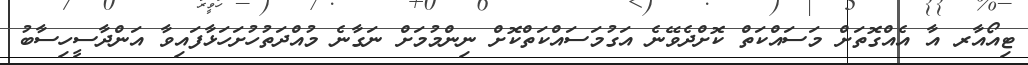
ޓިއޯއާރ އާ އެއްގޮތަށް މަސައްކަތް ކޮށްދެވޭނެ އަގުމަސައްކަތްކޮށް ނިންމުމަށް ނަގާނެ މުއްދަތުހުށަހަޅާފައިވާ އަންދާސީހިސާބު